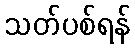
သတ်ပစ်ရန်